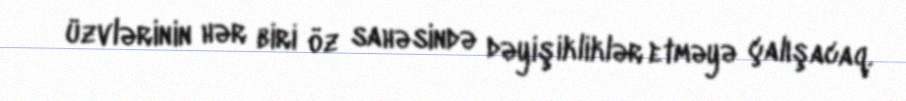
üzvlərinin hər biri öz sahəsində dəyişikliklər etməyə çalışacaq.